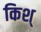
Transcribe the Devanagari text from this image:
किश्